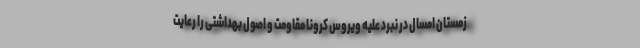
زمستان امسال در نبرد علیه ویروس کرونا مقاومت و اصول بهداشتی را رعایت